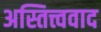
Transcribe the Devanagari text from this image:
अस्तित्त्ववाद